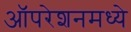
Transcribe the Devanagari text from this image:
ऑपरेशनमध्ये